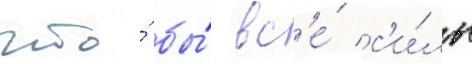
что́ бы́ вс'е́ с'и́лы